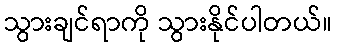
သွားချင်ရာကို သွားနိုင်ပါတယ်။